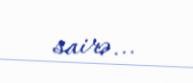
sairə...